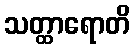
သတ္ထာရောတိ